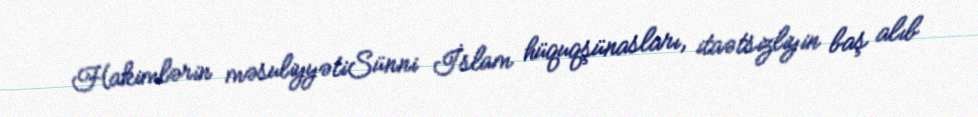
Hakimlərin məsuliyyətiSünni İslam hüquqşünasları, itaətsizliyin baş alıb